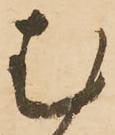
む